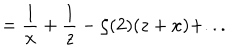
= { \frac { 1 } { x } } + { \frac { 1 } { z } } - \zeta ( 2 ) ( z + x ) + . . .